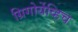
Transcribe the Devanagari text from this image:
ग्रिगोर्येव्हिच